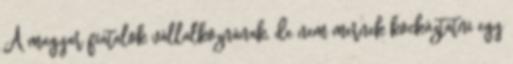
A magyar fiatalok vállalkoznának, de nem mernek kockáztatni egy